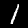
Digit: 1